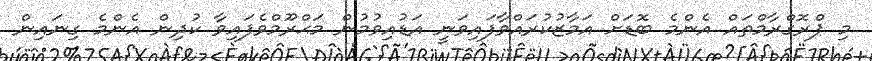
މި ޕްރޮގްރާމްތައް އެންމެ ބޮޑަށް އަމާޒުކުރައްވާފައިވަނީ އަޑުއިވުމުން މަޙްރޫމްވެފައިވާ ކުދިން އެންމެ ގިނައިން